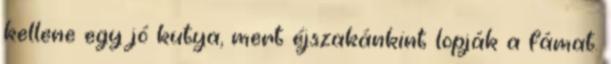
kellene egy jó kutya, mert éjszakánkint lopják a fámat.